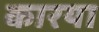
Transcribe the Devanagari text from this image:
कारया